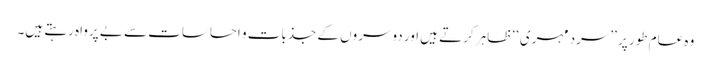
وہ عام طور پر ’’سرد مہری‘‘ ظاہر کرتے ہیں اور دوسروں کے جذبات و احساسات سے بے پرواہ رہتے ہیں۔